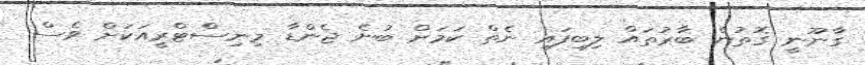
ގާނޫނީ ގޮތުން ބާރުތައް ލިބިފައި ނެތް ކަމަށް ބުނެ ޖެންޑާ މިނިސްޓްރީއަކަށް ވެސް